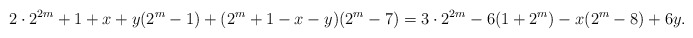
\begin{align*}2 \cdot 2^{2m}+1+x+y(2^m-1)+(2^m+1-x-y)(2^m-7) = 3 \cdot 2^{2m} -6(1+2^{m})-x(2^m-8)+6y.\end{align*}